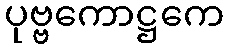
ပုဗ္ဗကောဋ္ဌကေ